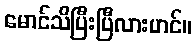
မောင်သိပြီးပြီလားဟင်။